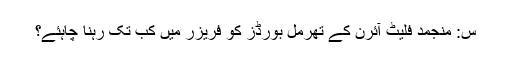
س: منجمد فلیٹ آئرن کے تھرمل بورڈز کو فریزر میں کب تک رہنا چاہئے؟